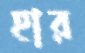
হার